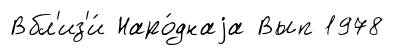
Вбл'из'и́ Наро́днаjа Вып 1978